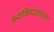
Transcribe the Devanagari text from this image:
सदाशिवरावांच्या